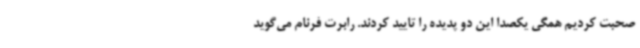
صحبت کردیم همگی یکصدا این دو پدیده را تایید کردند. رابرت فرنام می‌گوید